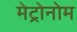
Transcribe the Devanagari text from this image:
मेट्रोनोम